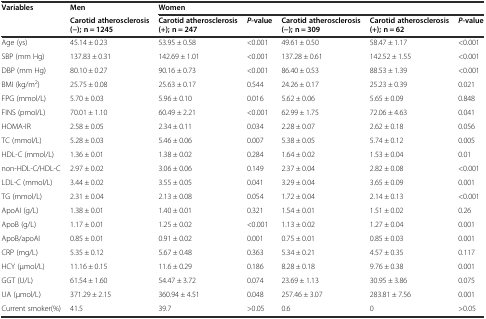
<table><thead><tr><td><b>Variables</b></td><td><b>Men</b></td><td colspan="5"><b>Women</b></td></tr><tr><td></td><td><b>Carotid atherosclerosis (−); n = 1245</b></td><td><b>Carotid atherosclerosis (+); n = 247</b></td><td><b><i>P</i>-value</b></td><td><b>Carotid atherosclerosis (−); n = 309</b></td><td><b>Carotid atherosclerosis (+); n = 62</b></td><td><b><i>P</i>-value</b></td></tr></thead><tbody><tr><td>Age (ys)</td><td>45.14 ± 0.23</td><td>53.95 ± 0.58</td><td>&lt;0.001</td><td>49.61 ± 0.50</td><td>58.47 ± 1.17</td><td>&lt;0.001</td></tr><tr><td>SBP (mm Hg)</td><td>137.83 ± 0.31</td><td>142.69 ± 1.01</td><td>&lt;0.001</td><td>137.28 ± 0.61</td><td>142.52 ± 1.55</td><td>&lt;0.001</td></tr><tr><td>DBP (mm Hg)</td><td>80.10 ± 0.27</td><td>90.16 ± 0.73</td><td>&lt;0.001</td><td>86.40 ± 0.53</td><td>88.53 ± 1.39</td><td>&lt;0.001</td></tr><tr><td>BMI (kg/m<sup>2</sup>)</td><td>25.75 ± 0.08</td><td>25.63 ± 0.17</td><td>0.544</td><td>24.26 ± 0.17</td><td>25.23 ± 0.39</td><td>0.021</td></tr><tr><td>FPG (mmol/L)</td><td>5.70 ± 0.03</td><td>5.96 ± 0.10</td><td>0.016</td><td>5.62 ± 0.06</td><td>5.65 ± 0.09</td><td>0.848</td></tr><tr><td>FINS (pmol/L)</td><td>70.01 ± 1.10</td><td>60.49 ± 2.21</td><td>&lt;0.001</td><td>62.99 ± 1.75</td><td>72.06 ± 4.63</td><td>0.041</td></tr><tr><td>HOMA-IR</td><td>2.58 ± 0.05</td><td>2.34 ± 0.11</td><td>0.034</td><td>2.28 ± 0.07</td><td>2.62 ± 0.18</td><td>0.056</td></tr><tr><td>TC (mmol/L)</td><td>5.28 ± 0.03</td><td>5.46 ± 0.06</td><td>0.007</td><td>5.38 ± 0.05</td><td>5.74 ± 0.12</td><td>0.005</td></tr><tr><td>HDL-C (mmol/L)</td><td>1.36 ± 0.01</td><td>1.38 ± 0.02</td><td>0.284</td><td>1.64 ± 0.02</td><td>1.53 ± 0.04</td><td>0.01</td></tr><tr><td>non-HDL-C/HDL-C</td><td>2.97 ± 0.02</td><td>3.06 ± 0.06</td><td>0.149</td><td>2.37 ± 0.04</td><td>2.82 ± 0.08</td><td>&lt;0.001</td></tr><tr><td>LDL-C (mmol/L)</td><td>3.44 ± 0.02</td><td>3.55 ± 0.05</td><td>0.041</td><td>3.29 ± 0.04</td><td>3.65 ± 0.09</td><td>0.001</td></tr><tr><td>TG (mmol/L)</td><td>2.31 ± 0.04</td><td>2.13 ± 0.08</td><td>0.054</td><td>1.72 ± 0.04</td><td>2.14 ± 0.13</td><td>&lt;0.001</td></tr><tr><td>ApoAΙ (g/L)</td><td>1.38 ± 0.01</td><td>1.40 ± 0.01</td><td>0.321</td><td>1.54 ± 0.01</td><td>1.51 ± 0.02</td><td>0.26</td></tr><tr><td>ApoB (g/L)</td><td>1.17 ± 0.01</td><td>1.25 ± 0.02</td><td>&lt;0.001</td><td>1.13 ± 0.02</td><td>1.27 ± 0.04</td><td>0.001</td></tr><tr><td>ApoB/apoAΙ</td><td>0.85 ± 0.01</td><td>0.91 ± 0.02</td><td>0.001</td><td>0.75 ± 0.01</td><td>0.85 ± 0.03</td><td>0.001</td></tr><tr><td>CRP (mg/L)</td><td>5.35 ± 0.12</td><td>5.67 ± 0.48</td><td>0.363</td><td>5.34 ± 0.21</td><td>4.57 ± 0.35</td><td>0.117</td></tr><tr><td>HCY (μmol/L)</td><td>11.16 ± 0.15</td><td>11.6 ± 0.29</td><td>0.186</td><td>8.28 ± 0.18</td><td>9.76 ± 0.38</td><td>0.001</td></tr><tr><td>GGT (U/L)</td><td>61.54 ± 1.60</td><td>54.47 ± 3.72</td><td>0.074</td><td>23.69 ± 1.13</td><td>30.95 ± 3.86</td><td>0.075</td></tr><tr><td>UA (μmol/L)</td><td>371.29 ± 2.15</td><td>360.94 ± 4.51</td><td>0.048</td><td>257.46 ± 3.07</td><td>283.81 ± 7.56</td><td>0.001</td></tr><tr><td>Current smoker(%)</td><td>41.5</td><td>39.7</td><td>&gt;0.05</td><td>0.6</td><td>0</td><td>&gt;0.05</td></tr></tbody></table>